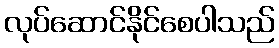
လုပ်ဆောင်နိုင်စေပါသည်